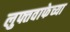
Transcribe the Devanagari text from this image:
लुफ्तवाफेच्या